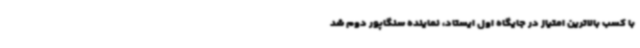
با کسب بالاترین امتیاز در جایگاه اول ایستاد، نماینده سنگاپور دوم شد